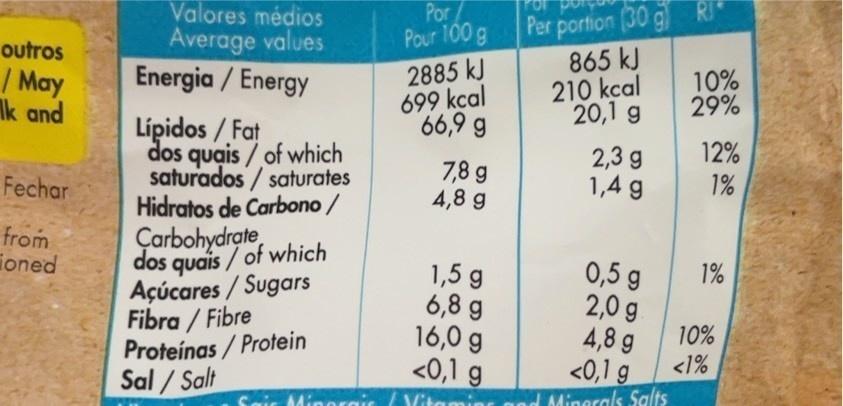
outros
/May
lk and
Fechar
from ioned
Valores médios Average values
Energia / Energy
Lípidos / Fat dos quais / of which
saturados/saturates
Hidratos de Carbono /
Carbohydrate dos quais/of which
Açúcares/Sugars Fibra/Fibre Proteínas/Protein
Sal/Salt
Por Pour 100 g
2885 kJ
699 kcal
66,9 g
7,8 g
4,8 g
1,5 g
6,8 g
16,0 g
<0,1 g
Mit
Per portion (30 g R
g)
865 kJ
210 kcal
20,1 g
2,3 g
1,4 g
0,5 g
2,0 g
4,8 g
<0,1 g
ad Minerals Salts
10%
29%
12%
1%
1%
10%
<1%